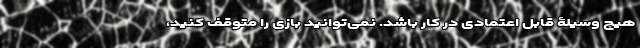
هیچ وسیلۀ قابل اعتمادی در کار باشد. نمی‌توانید بازی را متوقف کنید،